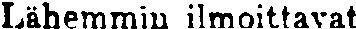
Lähemmin ilmoittavat